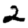
Digit: 2